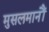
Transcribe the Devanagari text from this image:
मुसलमानौं